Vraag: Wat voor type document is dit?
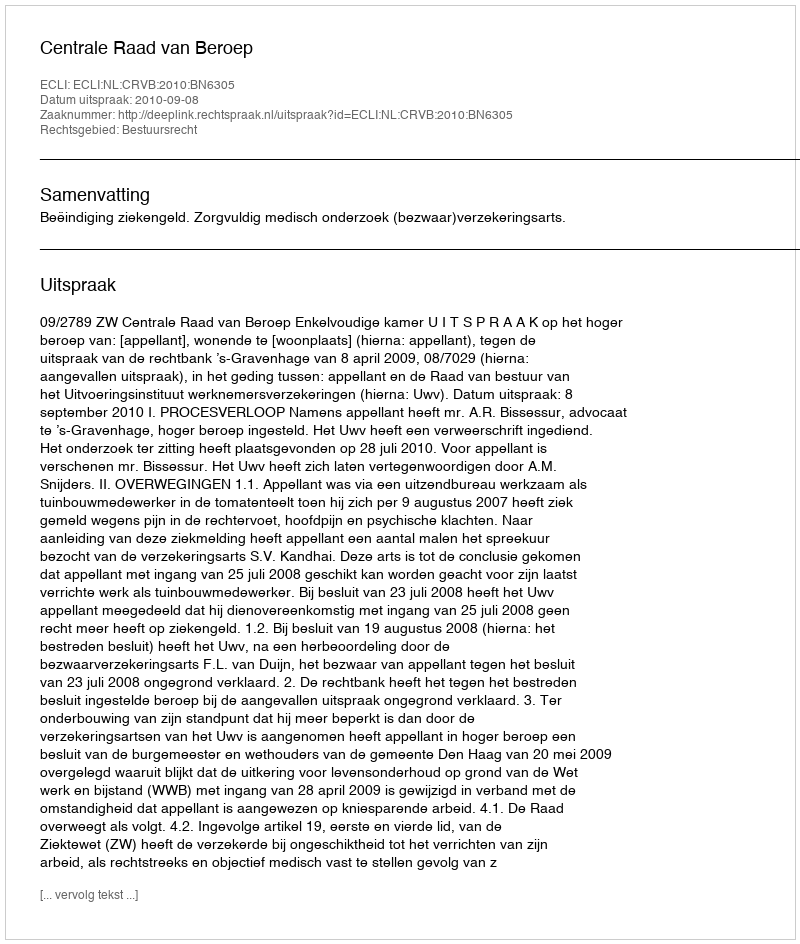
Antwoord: Uitspraak